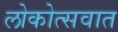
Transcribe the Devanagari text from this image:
लोकोत्सवात